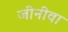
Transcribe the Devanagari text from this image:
जीनीवा